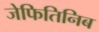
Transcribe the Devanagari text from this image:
जेफितिनिब